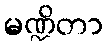
မဏ္ဍိတာ